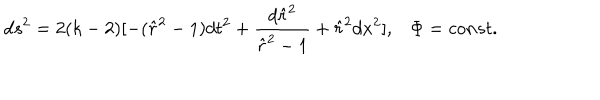
LaTeX: d s ^ { 2 } = 2 ( k - 2 ) [ - ( \hat { r } ^ { 2 } - 1 ) d t ^ { 2 } + \frac { d \hat { r } ^ { 2 } } { \hat { r } ^ { 2 } - 1 } + \hat { r } ^ { 2 } d x ^ { 2 } ] , \Phi = c o n s t .